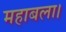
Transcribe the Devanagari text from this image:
महाबला।